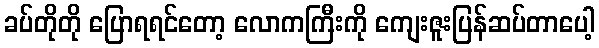
ခပ်တိုတို ပြောရရင်တော့ လောကကြီးကို ကျေးဇူးပြန်ဆပ်တာပေါ့